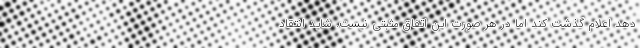
دهد اعلام گذشت کند اما در هر صورت این اتفاق مثبتی نیست. شاید انتقاد